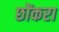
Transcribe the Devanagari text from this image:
छोंकरा